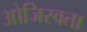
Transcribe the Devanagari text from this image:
ओजिस्वता